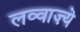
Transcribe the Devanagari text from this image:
लव्वाज़्ये